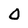
Character: 0